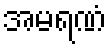
အမရဏံ